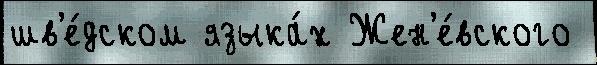
шв'е́дском языка́х Жен'е́вского